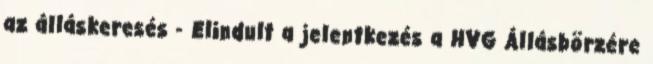
az álláskeresés - Elindult a jelentkezés a HVG Állásbörzére